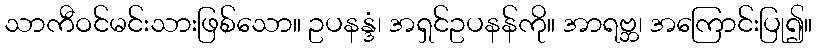
သာကီဝင်မင်းသားဖြစ်သော။ ဥပနန္ဒံ၊ အရှင်ဥပနန်ကို။ အာရဗ္ဘ၊ အကြောင်းပြု၍။